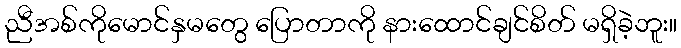
ညီအစ်ကိုမောင်နှမတွေ ပြောတာကို နားထောင်ချင်စိတ် မရှိခဲ့ဘူး။